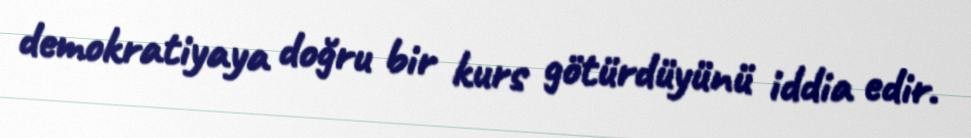
demokratiyaya doğru bir kurs götürdüyünü iddia edir.